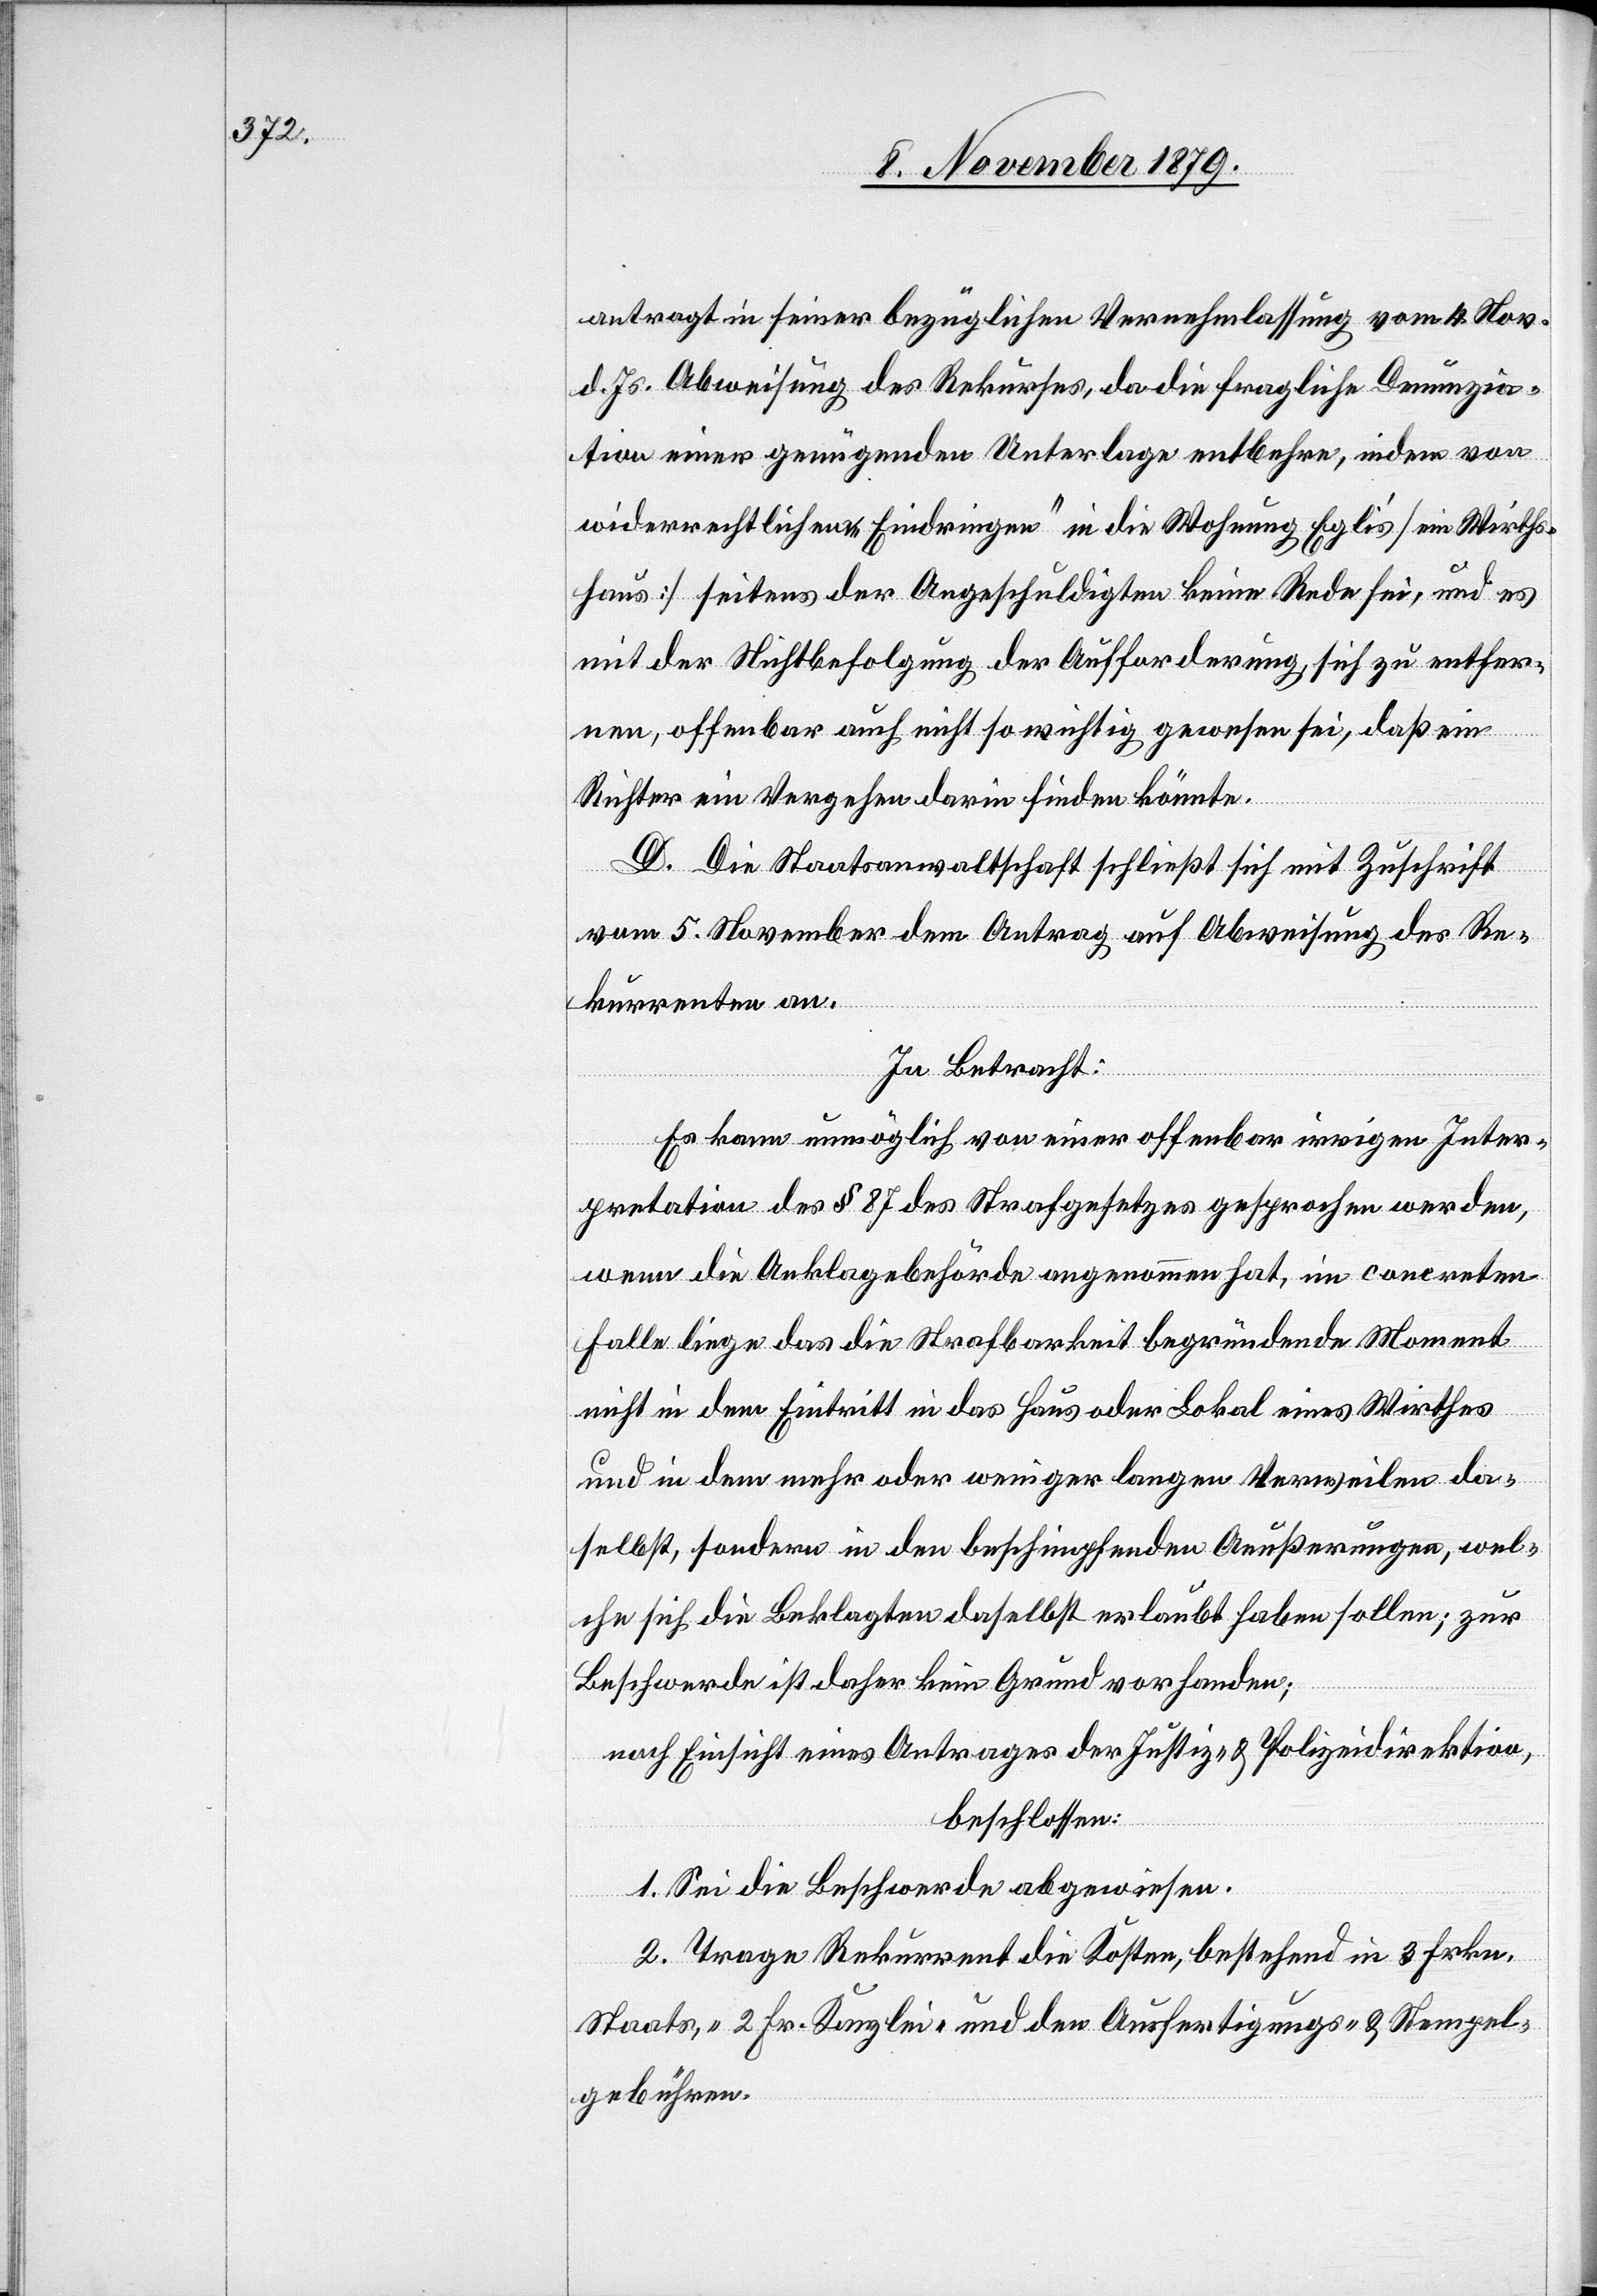
antragt in seiner bezüglichen Vernehmlassung vom 4. Nov.
d. Js. Abweisung des Rekurses, da die fragliche Denunzia¬
tion einer genügenden Unterlage entbehre, indem von
widerrechtlichem „Eindringen“ in die Wohnung Eglis’ [ein Wirths¬
haus] seitens der Angeschuldigten keine Rede sei, und es
mit der Nichtbefolgung der Aufforderung, sich zu entfer¬
nen, offenbar auch nicht so wichtig gewesen sei, daß ein
Richter ein Vergehen darin finden könnte.
D. Die Staatsanwaltschaft schließt sich mit Zuschrift
vom 5. November dem Antrag auf Abweisung des Re¬
kurrenten an.
In Betracht:
Es kann unmöglich von einer offenbar irrigen Inter¬
pretation des § 87 des Strafgesetzes gesprochen werden,
wenn die Anklagebehörde angenommen hat, im concreten
Falle liege das die Strafbarkeit begründende Moment
nicht in dem Eintritt in das Haus oder Lokal eines Wirthes
und in dem mehr oder weniger langen Verweilen da¬
selbst, sondern in den beschimpfenden Aeußerungen, wel¬
che sich die Beklagten daselbst erlaubt haben sollen; zur
Beschwerde ist daher kein Grund vorhanden;
nach Einsicht eines Antrages der Justiz- & Polizeidirektion,
beschlossen:
1. Sei die Beschwerde abgewiesen.
2. Trage Rekurrent die Kosten, bestehend in 3 Frkn.
Staats-, 2 Fr. Kanzlei- und den Ausfertigungs- & Stempel¬
gebühren.